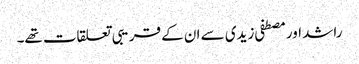
راشد اور مصطفی زیدی سے ان کے قریبی تعلقات تھے۔